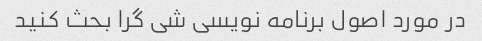
در مورد اصول برنامه نویسی شی گرا بحث کنید